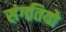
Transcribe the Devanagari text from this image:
संगतियो